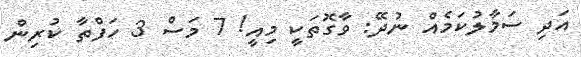
އަދި ސަމާލުކަމެއް ނުދޭ: ވާގޮތަކީ މިއީ! 7 މަސް 3 ހަފްތާ ކުރިން